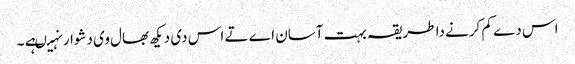
اس دے کم کرنے دا طریقہ بہت آسان اے تے اس د‏ی دیکھ بھال وی دشوار نہیںہے ۔